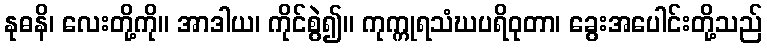
နုဓနိ၊ လေးတို့ကို။ အာဒါယ၊ ကိုင်စွဲ၍။ ကုက္ကုရသံဃပရိဝုတာ၊ ခွေးအပေါင်းတို့သည်